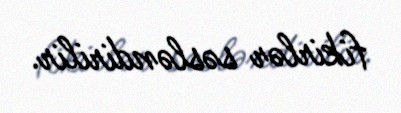
fikirlər səsləndirilir.